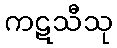
ကဋသီသု